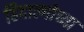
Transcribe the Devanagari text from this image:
हिदाल्गोच्या